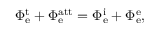
\Phi _ { \mathrm { e } } ^ { \mathrm { t } } + \Phi _ { \mathrm { e } } ^ { \mathrm { a t t } } = \Phi _ { \mathrm { e } } ^ { \mathrm { i } } + \Phi _ { \mathrm { e } } ^ { \mathrm { e } } ,